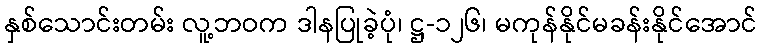
နှစ်သောင်းတမ်း လူ့ဘဝက ဒါနပြုခဲ့ပုံ၊ ဋ္ဌ-၁၂၆၊ မကုန်နိုင်မခန်းနိုင်အောင်